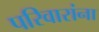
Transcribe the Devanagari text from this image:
परिवारांना